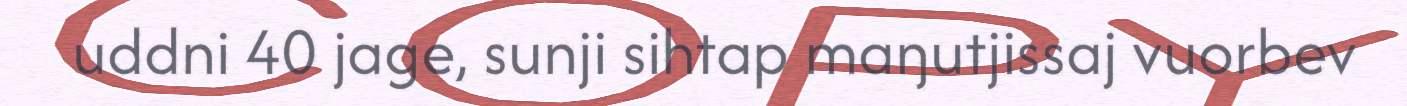
uddni 40 jage, sunji sihtap maŋutjissaj vuorbev